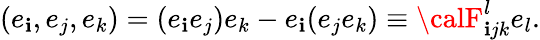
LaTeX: (e_{\mathbf{i}},e_{j},e_{k})=(e_{\mathbf{i}}e_{j})e_{k}-e_{\mathbf{i}}(e_{j}e_{k})\equiv{\calF}_{\mathbf{i}jk}^{l}e_{l}.